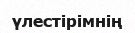
үлестірімнің